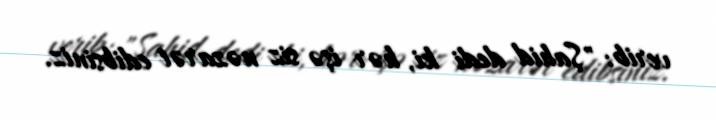
verib: "Şahid dedi ki, hər işə siz nəzarət edibsiniz.